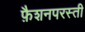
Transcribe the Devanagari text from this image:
फ़ैशनपरस्ती